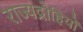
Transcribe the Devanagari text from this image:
राज्यद्रोहियों